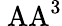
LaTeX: \mathrm{\ AA^{3}}